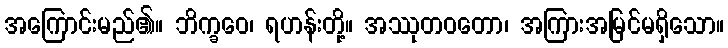
အကြောင်းမည်၏။ ဘိက္ခဝေ၊ ရဟန်းတို့။ အဿုတဝတော၊ အကြားအမြင်မရှိသော။